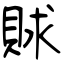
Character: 賕